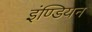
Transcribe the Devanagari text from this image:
इंण्डियन